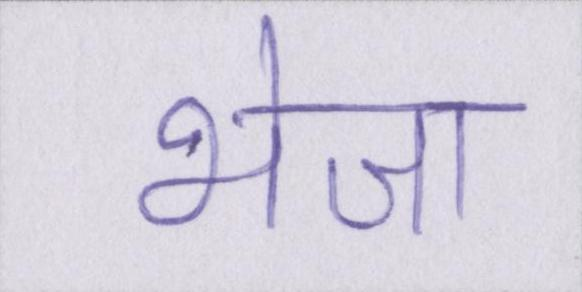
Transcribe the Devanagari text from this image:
भेजा